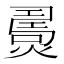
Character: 𤎧